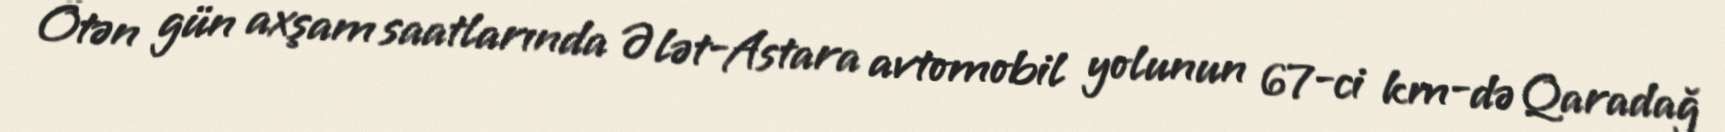
Ötən gün axşam saatlarında Ələt-Astara avtomobil yolunun 67-ci km-də Qaradağ